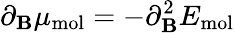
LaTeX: \partial_{\mathbf{B}}\mu_{\mathrm{{mol}}}=-\partial_{\mathbf{B}}^{2}E_{\mathrm{{mol}}}